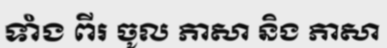
ទាំង ពីរ ចូល ភាសា និង ភាសា